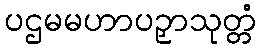
ပဌမမဟာပဉှာသုတ္တံ